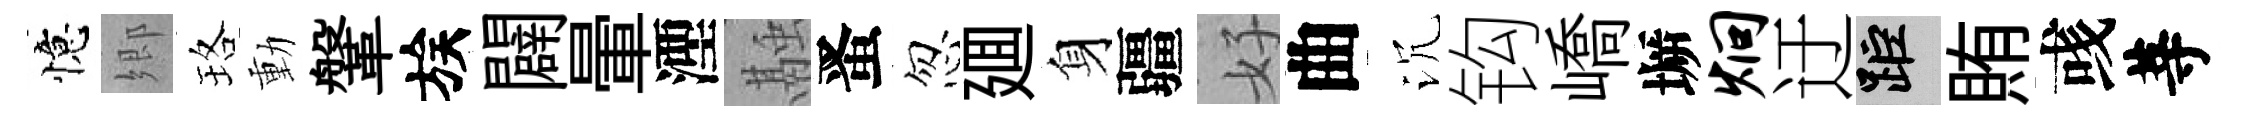
憶郷珞動鞶族闢暈湮融󱉠忽廽身疆好曲沉钩嶠󶱲炯迂距賄彧䓁